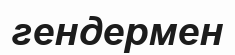
гендермен